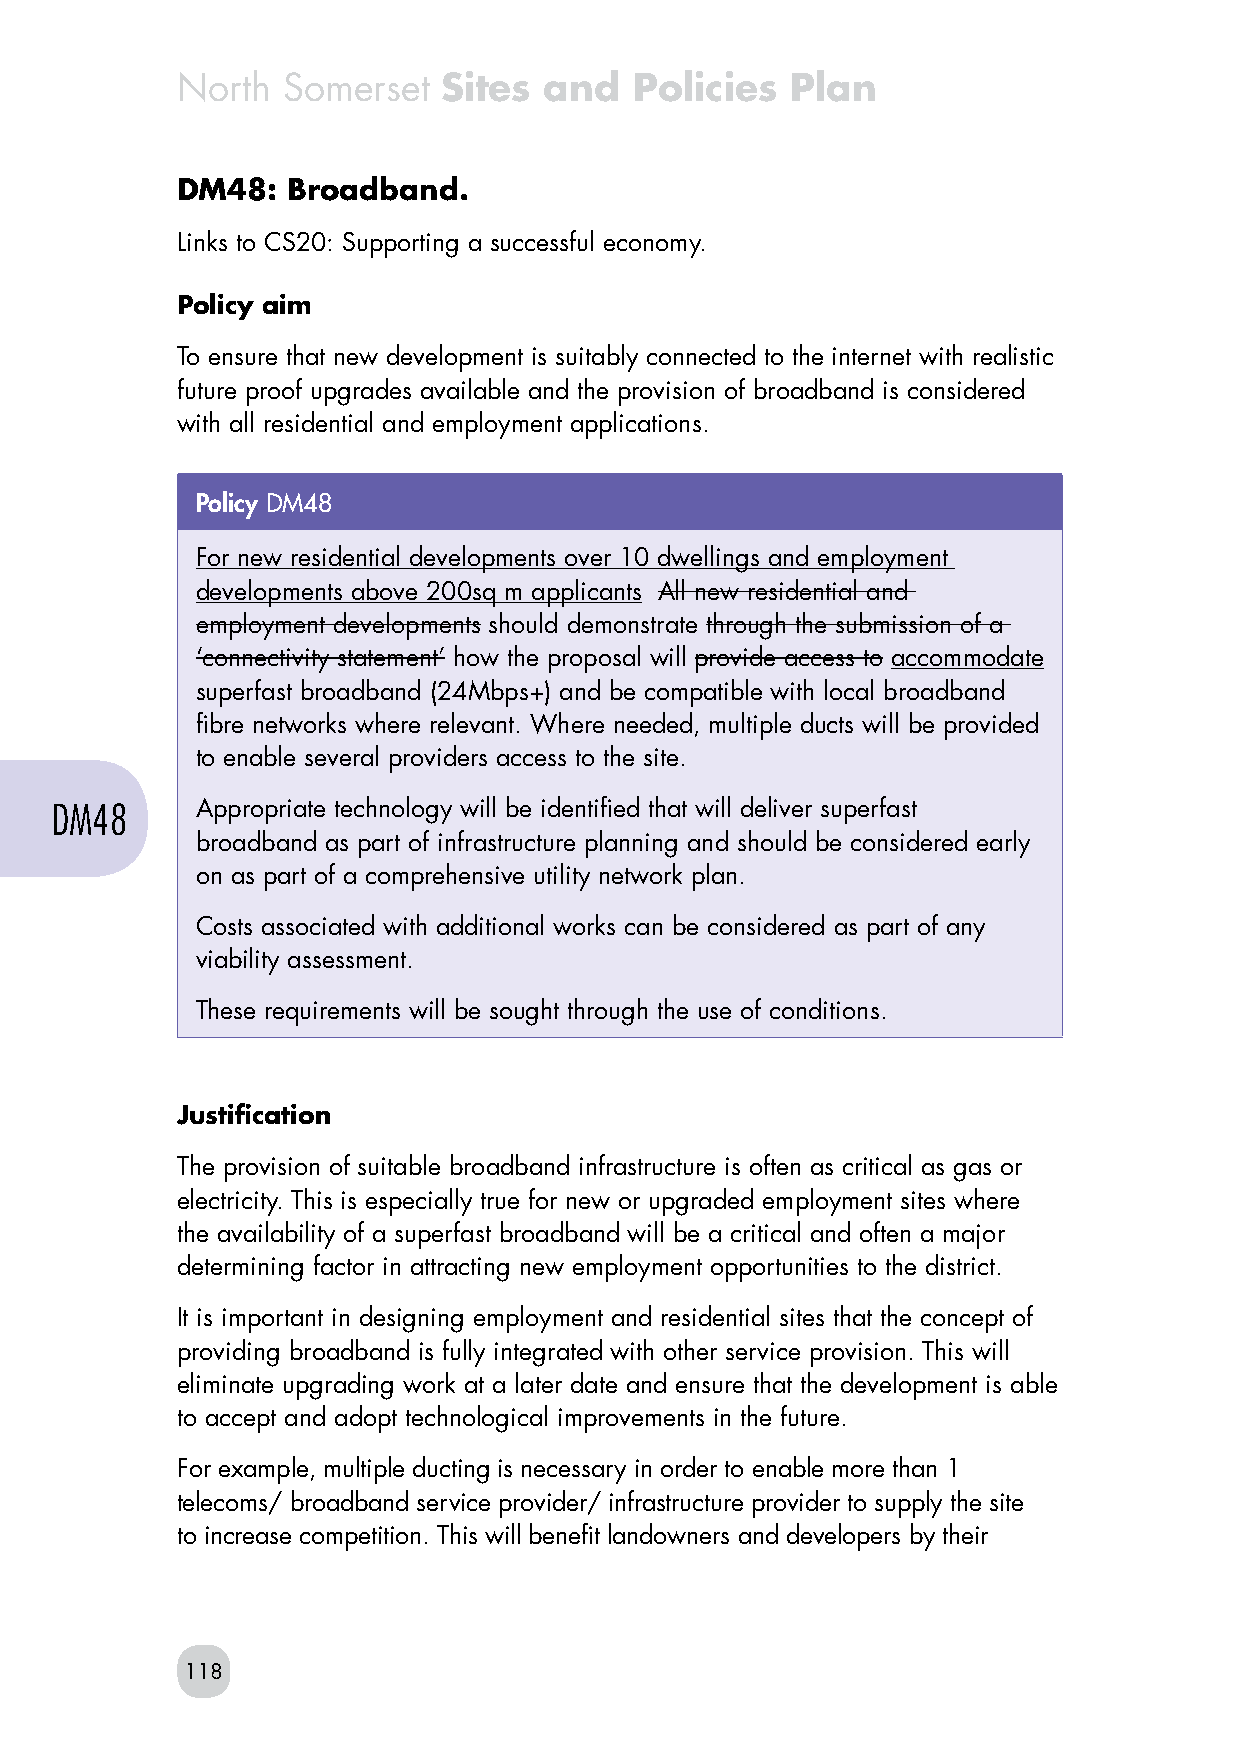
North  Somerset  Sites  and   Policies  Plan
 DM48:  Broadband.
 Links to CS20: Supporting a successful economy.
 Policy aim
 To ensure that new development is suitably connected to the internet with realistic
 future proof upgrades available and the provision of broadband is considered
 with all residential and employment applications.
 Policy DM48
 For new residential developments over 10 dwellings and employment
 developments above 200sq m applicants All new residential and
 employment developments should demonstrate through the submission of a
 ‘connectivity statement’ how the proposal will provide access to accommodate
 superfast broadband (24Mbps+) and be compatible with local broadband
 fibre networks where relevant. Where needed, multiple ducts will be provided
 to enable several providers access to the site.
 DM48      Appropriate technology will be identified that will deliver superfast
 broadband as part of infrastructure planning and should be considered early
 on as part of a comprehensive utility network plan.
 Costs associated with additional works can be considered as part of any
 viability assessment.
 These requirements will be sought through the use of conditions.
 Justification
 The provision of suitable broadband infrastructure is often as critical as gas or
 electricity. This is especially true for new or upgraded employment sites where
 the availability of a superfast broadband will be a critical and often a major
 determining factor in attracting new employment opportunities to the district.
 It is important in designing employment and residential sites that the concept of
 providing broadband is fully integrated with other service provision. This will
 eliminate upgrading work at a later date and ensure that the development is able
 to accept and adopt technological improvements in the future.
 For example, multiple ducting is necessary in order to enable more than 1
 telecoms/ broadband service provider/ infrastructure provider to supply the site
 to increase competition. This will benefit landowners and developers by their
 118